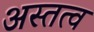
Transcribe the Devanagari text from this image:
अस्तत्व